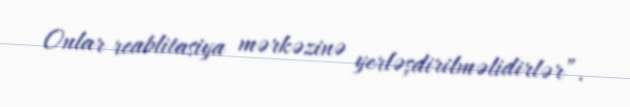
Onlar reablitasiya mərkəzinə yerləşdirilməlidirlər”.